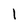
Character: 1